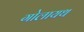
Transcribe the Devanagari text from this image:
गोलायथ